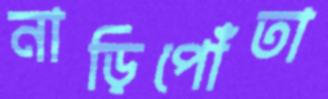
নাড়িপোঁতা